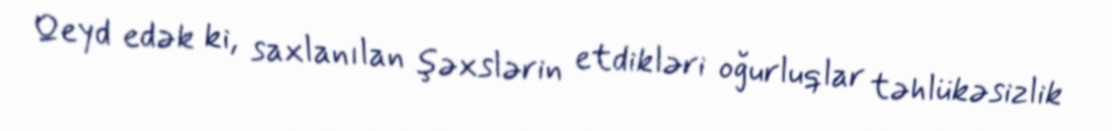
Qeyd edək ki, saxlanılan şəxslərin etdikləri oğurluqlar təhlükəsizlik